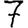
Digit: 7